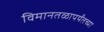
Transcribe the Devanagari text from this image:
विमानतळापर्यंतच्या